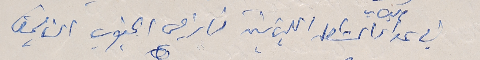
في عداد اسباب المشكله اللبنانية نازحي الجنوب الناقمين